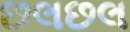
છલછલ